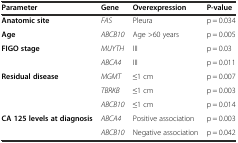
<table><thead><tr><td><b>Parameter</b></td><td><b>Gene</b></td><td><b>Overexpression</b></td><td><b>P-value</b></td></tr></thead><tbody><tr><td><b>Anatomic site</b></td><td><i>FAS</i></td><td>Pleura</td><td>p = 0.034</td></tr><tr><td><b>Age</b></td><td><i>ABCB10</i></td><td>Age &gt;60 years</td><td>p = 0.005</td></tr><tr><td rowspan="2"><b>FIGO stage</b></td><td><i>MUYTH</i></td><td>III</td><td>p = 0.03</td></tr><tr><td><i>ABCA4</i></td><td>III</td><td>p = 0.011</td></tr><tr><td rowspan="3"><b>Residual disease</b></td><td><i>MGMT</i></td><td>≤1 cm</td><td>p = 0.007</td></tr><tr><td><i>TBRKB</i></td><td>≤1 cm</td><td>p = 0.003</td></tr><tr><td><i>ABCB10</i></td><td>≤1 cm</td><td>p = 0.014</td></tr><tr><td rowspan="2"><b>CA 125 levels at diagnosis</b></td><td><i>ABCA4</i></td><td>Positive association</td><td>p = 0.003</td></tr><tr><td><i>ABCB10</i></td><td>Negative association</td><td>p = 0.042</td></tr></tbody></table>